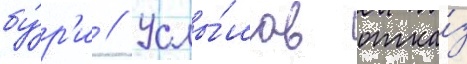
бу́р'и // Услы́шав отка́з